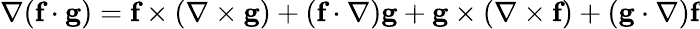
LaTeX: \nabla(\textbf{f}\cdot\textbf{g})=\textbf{f}\times(\nabla\times\textbf{g})+(\textbf{f}\cdot\nabla)\textbf{g}+\textbf{g}\times(\nabla\times\textbf{f})+(\textbf{g}\cdot\nabla)\textbf{f}